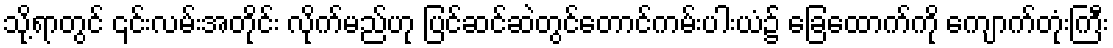
သို့ရာတွင် ၎င်းလမ်းအတိုင်း လိုက်မည်ဟု ပြင်ဆင်ဆဲတွင်တောင်ကမ်းပါးယံ၌ ခြေထောက်ကို ကျောက်တုံးကြီး